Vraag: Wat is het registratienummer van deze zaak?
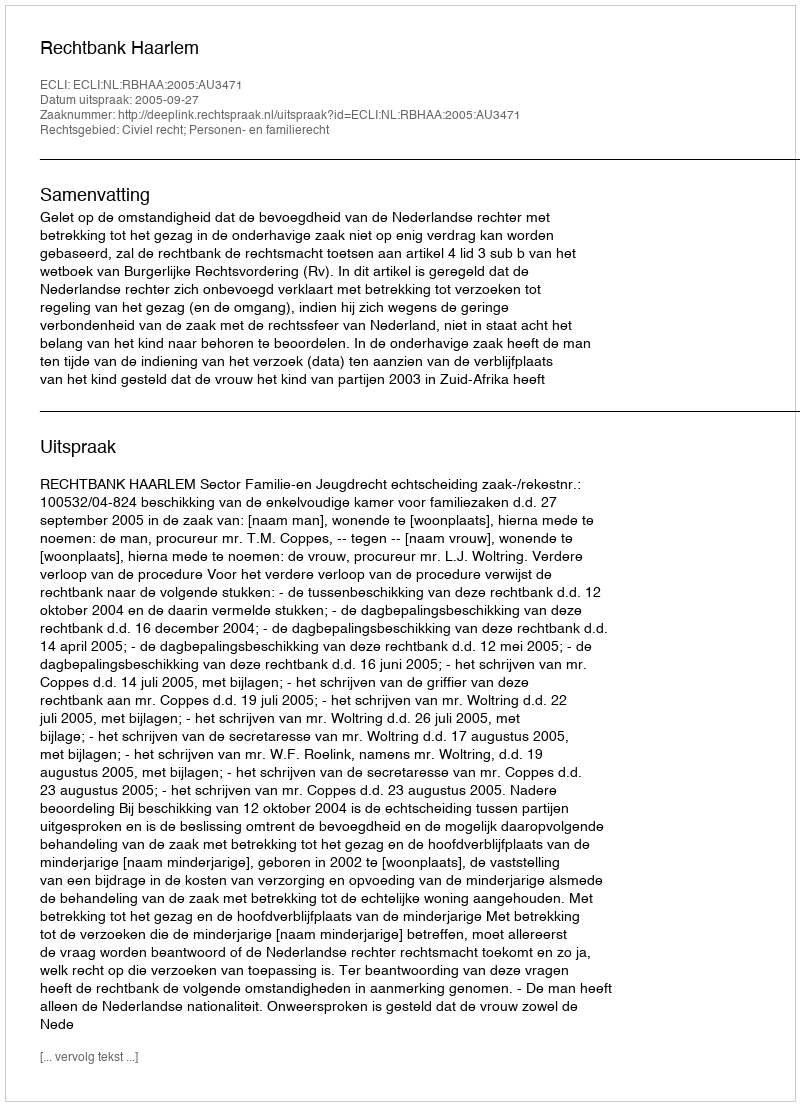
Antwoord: http://deeplink.rechtspraak.nl/uitspraak?id=ECLI:NL:RBHAA:2005:AU3471